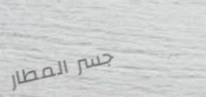
جسر المطار